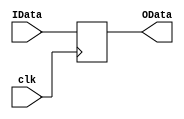
`timescale 1ns / 1ps
//////////////////////////////////////////////////////////////////////////////////
// Company: 
// Engineer: 
// 
// Design Name: 
// Module Name: DelayReg
// Project Name: 
// Target Devices: 
// Tool Versions: 
// Description: 
// 
// Dependencies: 
// 
// Revision:
// Revision 0.01 - File Created
// Additional Comments:
// 
//////////////////////////////////////////////////////////////////////////////////


module DelayReg(
    input             clk,
    input      [31:0] IData,
    output reg [31:0] OData
);
    always @(negedge clk) begin
        OData <= IData;
    end
endmodule